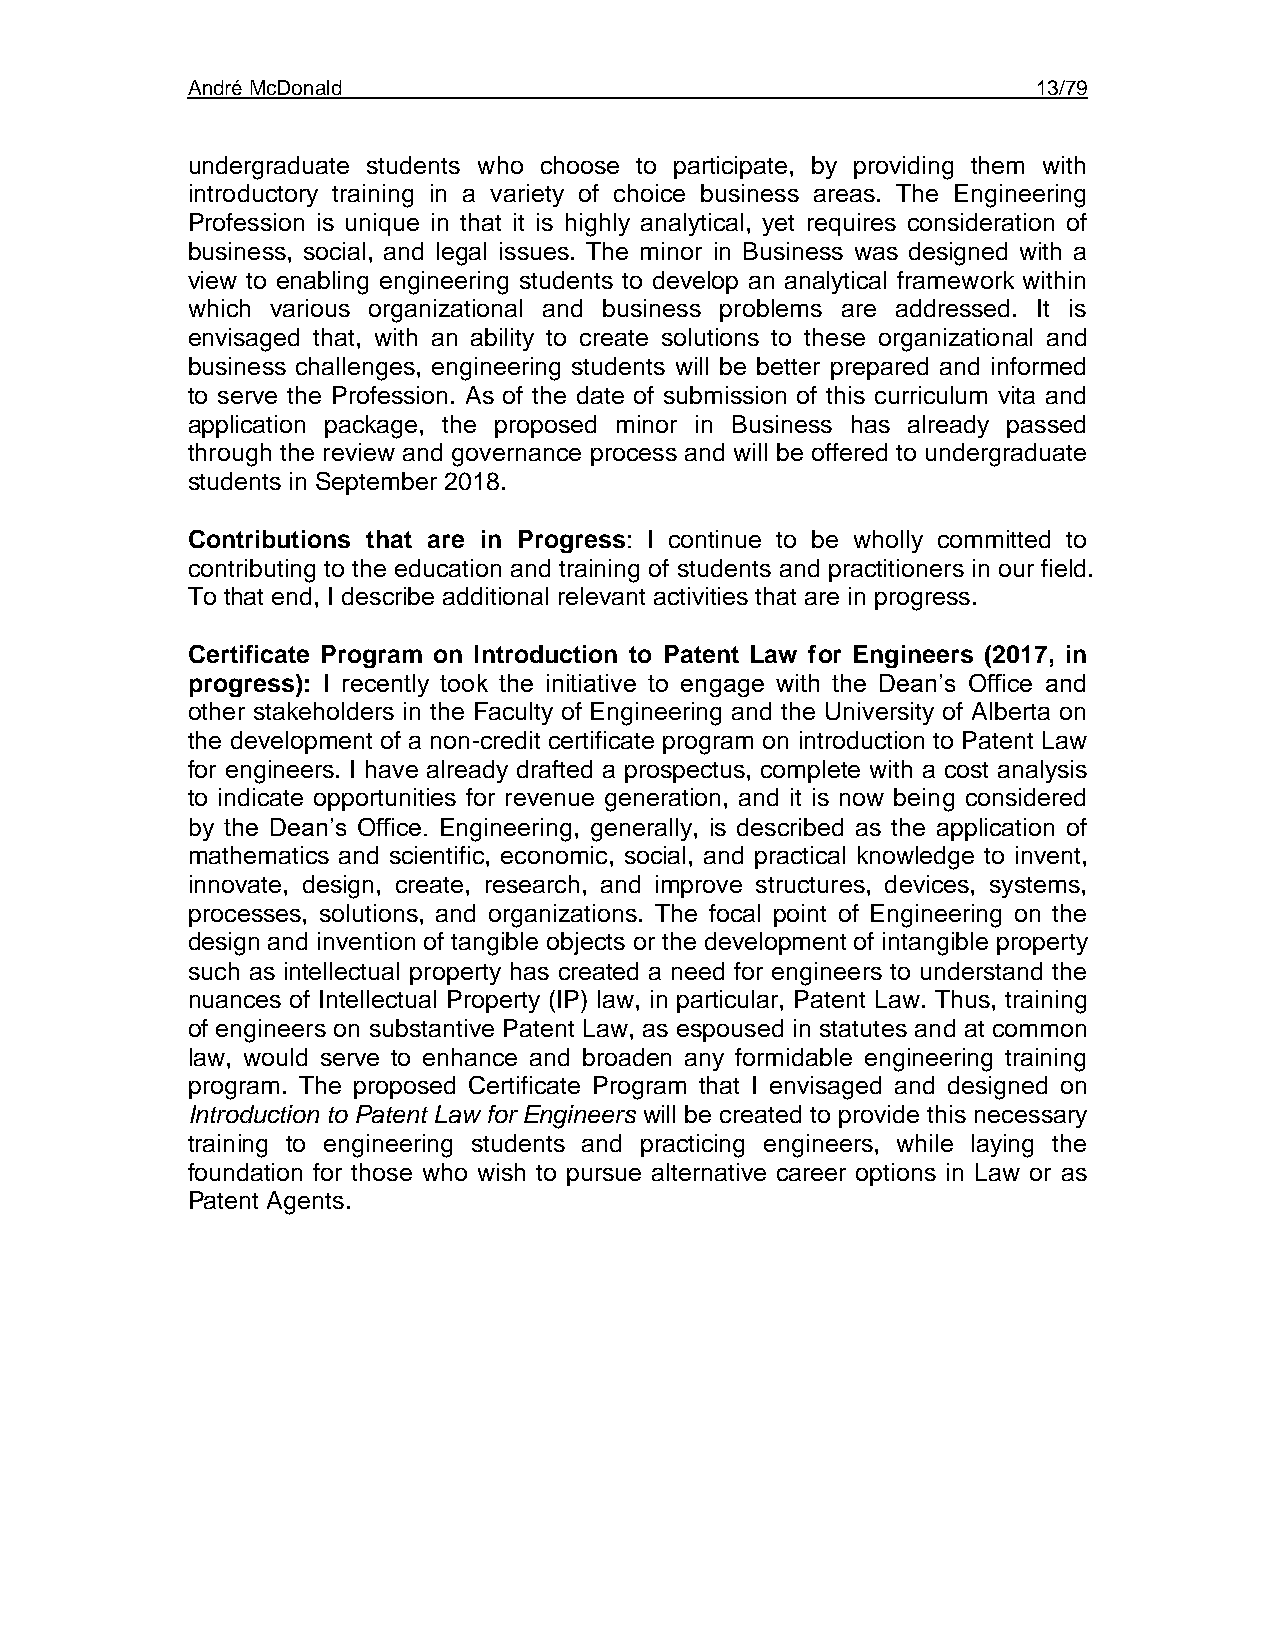
André McDonald                                           13/79
 undergraduate students who choose to participate, by providing them with
 introductory training in a variety of choice business areas. The Engineering
 Profession is unique in that it is highly analytical, yet requires consideration of
 business, social, and legal issues. The minor in Business was designed with a
 view to enabling engineering students to develop an analytical framework within
 which various organizational and business problems are addressed. It is
 envisaged that, with an ability to create solutions to these organizational and
 business challenges, engineering students will be better prepared and informed
 to serve the Profession. As of the date of submission of this curriculum vita and
 application package, the proposed minor in Business has already passed
 through the review and governance process and will be offered to undergraduate
 students in September 2018.
 Contributions that are in Progress: I continue to be wholly committed to
 contributing to the education and training of students and practitioners in our field.
 To that end, I describe additional relevant activities that are in progress.
 Certificate Program on Introduction to Patent Law for Engineers (2017, in
 progress): I recently took the initiative to engage with the Dean’s Office and
 other stakeholders in the Faculty of Engineering and the University of Alberta on
 the development of a non-credit certificate program on introduction to Patent Law
 for engineers. I have already drafted a prospectus, complete with a cost analysis
 to indicate opportunities for revenue generation, and it is now being considered
 by the Dean’s Office. Engineering, generally, is described as the application of
 mathematics and scientific, economic, social, and practical knowledge to invent,
 innovate, design, create, research, and improve structures, devices, systems,
 processes, solutions, and organizations. The focal point of Engineering on the
 design and invention of tangible objects or the development of intangible property
 such as intellectual property has created a need for engineers to understand the
 nuances of Intellectual Property (IP) law, in particular, Patent Law. Thus, training
 of engineers on substantive Patent Law, as espoused in statutes and at common
 law, would serve to enhance and broaden any formidable engineering training
 program. The proposed Certificate Program that I envisaged and designed on
 Introduction to Patent Law for Engineers will be created to provide this necessary
 training to engineering students and practicing engineers, while laying the
 foundation for those who wish to pursue alternative career options in Law or as
 Patent Agents.